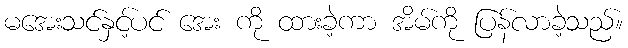
မအေးသင်နှင့်ပင် အေး ကို ထားခဲ့ကာ အိမ်ကို ပြန်လာခဲ့သည်။